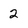
Character: 2